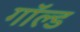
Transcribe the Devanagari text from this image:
गॉल्ड